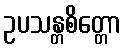
ဥပသန္တစိတ္တော